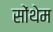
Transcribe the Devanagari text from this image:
सोंथेम